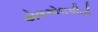
એલએલપીનો